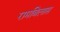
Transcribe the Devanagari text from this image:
रामबिलास